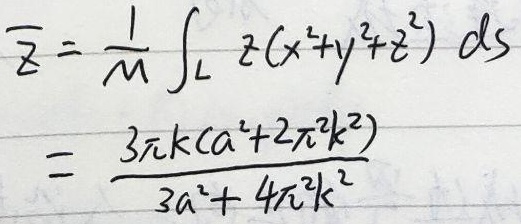
\[
\begin{align*}
\overline{z}&=\frac{1}{M}\int_{L}z(x^{2}+y^{2}+z^{2})ds\\
&=\frac{3\pi k(a^{2}+2\pi^{2}k^{2})}{3a^{2}+4\pi^{2}k^{2}}
\end{align*}
\]